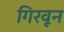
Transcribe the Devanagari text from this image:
गिरवून